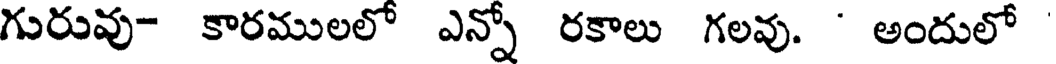
గురువు- కారములలో ఎన్నో రకాలు గలవు. ' అందులో